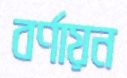
বর্ণায়ন